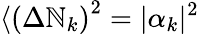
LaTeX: \langle\left(\Delta\mathbb{N}_{k}\right)^{2}=|\alpha_{k}|^{2}